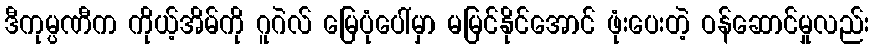
ဒီကုမ္ပဏီက ကိုယ့်အိမ်ကို ဂူဂဲလ် မြေပုံပေါ်မှာ မမြင်နိုင်အောင် ဖုံးပေးတဲ့ ဝန်ဆောင်မှုလည်း